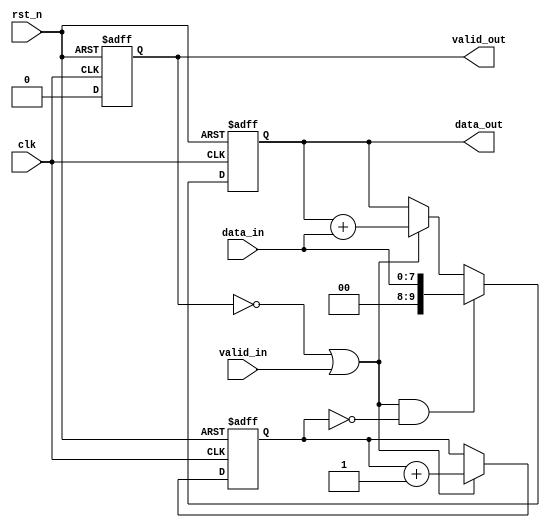
`timescale 1ns/1ns

module accu(
    input               clk         ,   
    input               rst_n       ,
    input       [7:0]   data_in     ,
    input               valid_in     ,
 
    output  reg         valid_out     ,
    output  reg [9:0]   data_out
);
    
   reg [1:0] count;
   wire add_cnt;
   wire ready_add;
   wire end_cnt;
   reg [9:0]   data_out_reg;

   assign add_cnt = ready_add;
   assign end_cnt = ready_add && (count == 'd4);
   
   //count
   always @(posedge clk or negedge rst_n) begin
       if(!rst_n) begin
          count <= 0;
       end
       else if(end_cnt) begin
          count <= 0;
       end
       else if(add_cnt) begin
          count <= count + 1;
       end
   end

    //data_out_reg
   always @(posedge clk or negedge rst_n) begin
      if(!rst_n) begin
        data_out_reg <= 0;
      end
      else if (add_cnt && count == 0) begin
          data_out_reg <= data_in;
      end
      else if (add_cnt) begin
          data_out_reg <= data_out_reg + data_in;
      end
   end

    //data_out
   always @(posedge clk or negedge rst_n) begin
      if(!rst_n) begin
        data_out <= 0;
      end
      else if (add_cnt && count == 0) begin
          data_out <= data_in;
      end
      else if (add_cnt) begin
          data_out <= data_out + data_in;
      end
   end

   //ready_add
   assign ready_add = !valid_out | valid_in;

   //valid_out
   always @(posedge clk or negedge rst_n) begin
       if(!rst_n) begin
           valid_out <= 0;
       end
       else if(end_cnt) begin
           valid_out <= 1;
       end
       else begin
           valid_out <= 0;
       end
   end  
     
endmodule